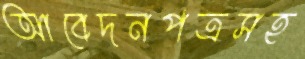
আবেদনপত্রসহ